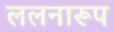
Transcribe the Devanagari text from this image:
ललनारूप